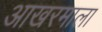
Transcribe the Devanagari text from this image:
आखरमाला